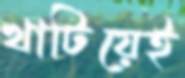
খাটিয়েই